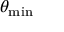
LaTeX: \theta _ { \mathrm { m i n } }